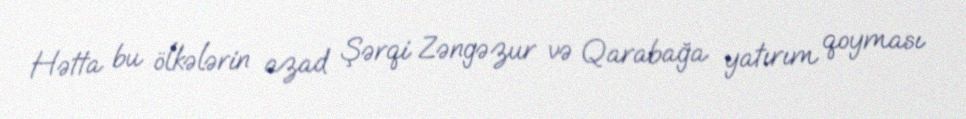
Hətta bu ölkələrin azad Şərqi Zəngəzur və Qarabağa yatırım qoyması